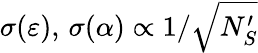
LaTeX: \sigma(\varepsilon),\, \sigma(\alpha)\propto 1/\sqrt{N_{S}^{\prime}}